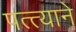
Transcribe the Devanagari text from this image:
पत्त्याने